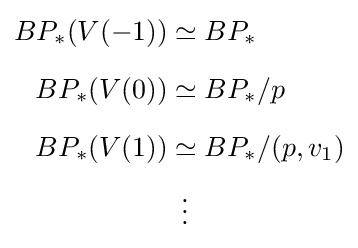
{\begin{aligned}BP_{*}(V(-1))&\simeq BP_{*}\\[6pt]BP_{*}(V(0))&\simeq BP_{*}/p\\[6pt]BP_{*}(V(1))&\simeq BP_{*}/(p,v_{1})\\[2pt]&{}\,\,\,\vdots \end{aligned}}